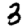
Digit: 3